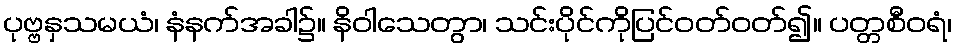
ပုဗ္ဗနှသမယံ၊ နံနက်အခါ၌။ နိဝါသေတွာ၊ သင်းပိုင်ကိုပြင်ဝတ်ဝတ်၍။ ပတ္တစီဝရံ၊